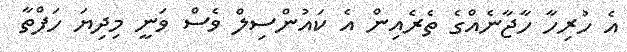
އެ ހުރިހާ ހާޖާނެއްގެ ތެރެއިން އެ ކައުންސިލް ވެސް ވަނީ މިދިޔަ ހަފްތާ